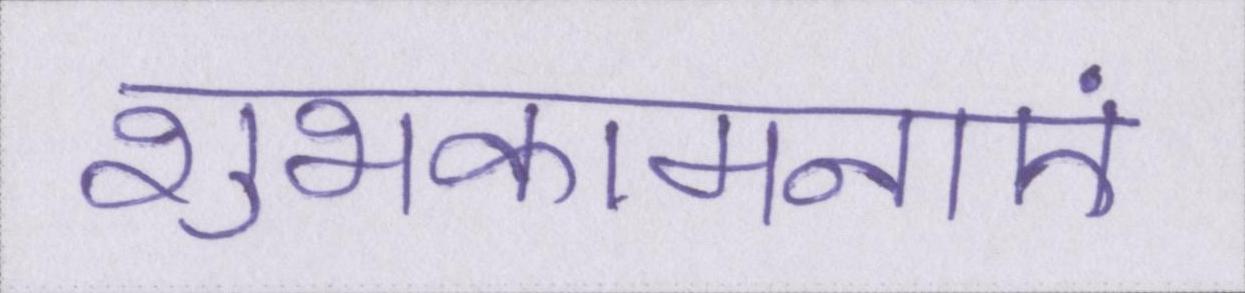
शुभकामनाएं